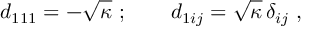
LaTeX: d _ { 1 1 1 } = - \sqrt { \kappa } \ ; \qquad d _ { 1 i j } = \sqrt { \kappa } \, \delta _ { i j } \ ,